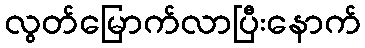
လွတ်မြောက်လာပြီးနောက်